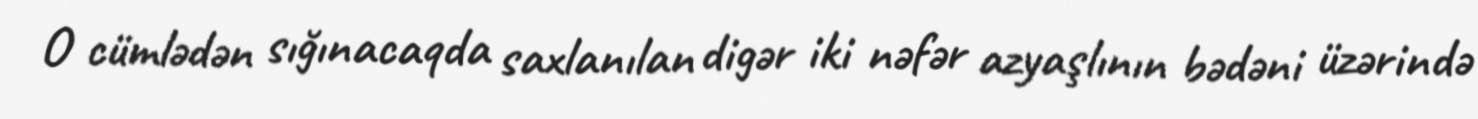
O cümlədən sığınacaqda saxlanılan digər iki nəfər azyaşlının bədəni üzərində